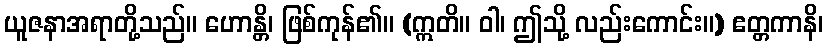
ယူဇနာအရာတို့သည်။ ဟောန္တိ၊ ဖြစ်ကုန်၏။ (ဣတိ။ ဝါ၊ ဤသို့ လည်းကောင်း။) ဧတ္တကာနိ၊